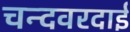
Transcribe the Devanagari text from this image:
चन्दवरदाई